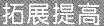
拓展提高